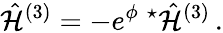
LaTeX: \hat{\cal H}^{(3)}=-e^{\phi}\ {}^{\star}\hat{\cal H}^{(3)}\, .